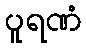
ပူရဏံ